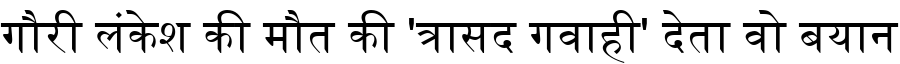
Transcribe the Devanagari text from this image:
गौरी लंकेश की मौत की 'त्रासद गवाही' देता वो बयान